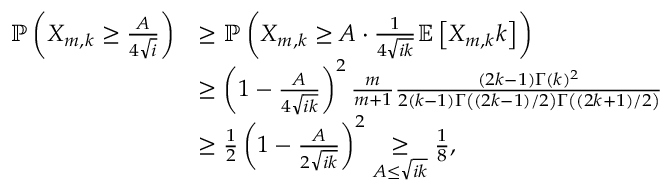
\begin{array} { r l } { \mathbb { P } \left( X _ { m , k } \geq \frac { A } { 4 \sqrt { i } } \right) } & { \geq \mathbb { P } \left( X _ { m , k } \geq A \cdot \frac { 1 } { 4 \sqrt { i k } } \mathbb { E } \left[ X _ { m , k } k \right] \right) } \\ & { \geq \left( 1 - \frac { A } { 4 \sqrt { i k } } \right) ^ { 2 } \frac { m } { m + 1 } \frac { ( 2 k - 1 ) \Gamma ( k ) ^ { 2 } } { 2 ( k - 1 ) \Gamma \left( ( 2 k - 1 ) / 2 \right) \Gamma \left( ( 2 k + 1 ) / 2 \right) } } \\ & { \geq \frac { 1 } { 2 } \left( 1 - \frac { A } { 2 \sqrt { i k } } \right) ^ { 2 } \underset { A \leq \sqrt { i k } } { \geq } \frac { 1 } { 8 } , } \end{array}